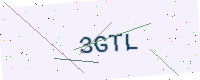
Text: 3GTL